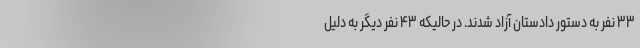
۳۳ نفر به دستور دادستان آزاد شدند. در حالیکه ۴۳ نفر دیگر به دلیل